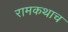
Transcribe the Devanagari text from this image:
रामकथाच